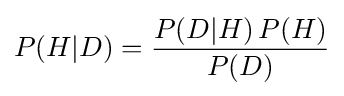
P(H|D)={\frac {P(D|H)\,P(H)}{P(D)}}